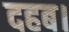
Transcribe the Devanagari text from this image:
दहब।